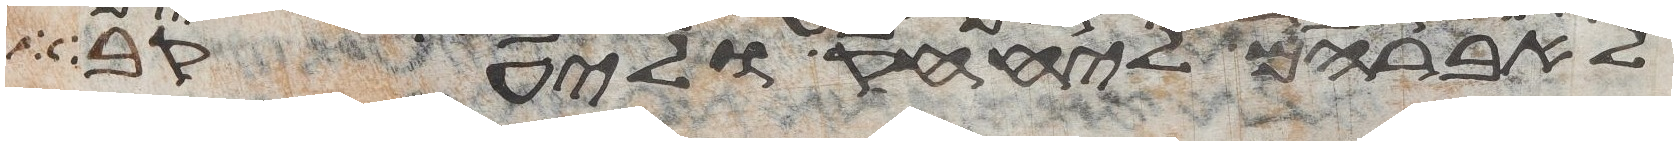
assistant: לאברהם ליצחק וליעקב